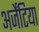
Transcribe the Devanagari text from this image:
अर्जेंटिया